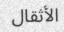
الأثقال